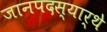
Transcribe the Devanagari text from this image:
जानपदस्यार्थे